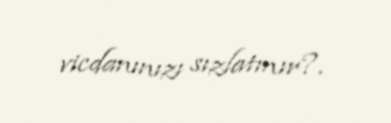
vicdanınızı sızlatmır?.